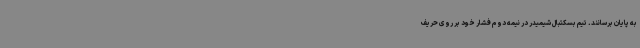
به پایان برسانند. تیم بسکتبال شیمیدر در نیمه دوم فشار خود بر روی حریف